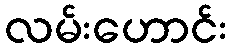
လမ်းဟောင်း